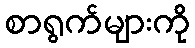
စာရွက်များကို